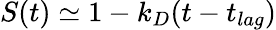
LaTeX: S(t)\simeq 1-k_{D}(t-t_{lag})